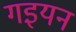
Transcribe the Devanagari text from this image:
गइयन